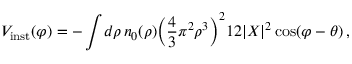
V _ { \mathrm { i n s t } } ( \varphi ) = - \int \! d \rho \, n _ { 0 } ( \rho ) \biggl ( { \frac { 4 } { 3 } } \pi ^ { 2 } \rho ^ { 3 } \biggr ) ^ { 2 } 1 2 | X | ^ { 2 } \cos ( \varphi - \theta ) \, ,